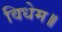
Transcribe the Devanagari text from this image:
विधेम॥